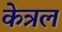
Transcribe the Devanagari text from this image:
केत्रल